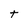
Character: t